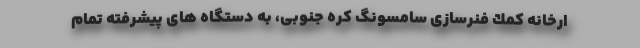
ارخانه كمك فنرسازی سامسونگ کره جنوبی، به دستگاه های پیشرفته تمام